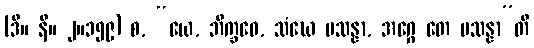
(ဒီ။ နိ။ ၂။၁၅၉) စ, “ယေ, ဘိက္ခဝေ, သံဃေ ပသန္နာ, အဂ္ဂေ တေ ပသန္နာ”တိ